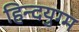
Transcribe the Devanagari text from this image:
हिन्दयुग्म